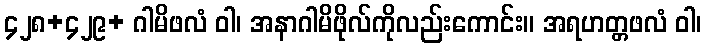
၄၂၈+၄၂၉+ ဂါမိဖလံ ဝါ၊ အနာဂါမိဖိုလ်ကိုလည်းကောင်း။ အရဟတ္တဖလံ ဝါ၊